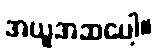
အယူအဆပေါ့။